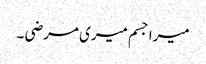
میرا جسم میری مرضی ۔